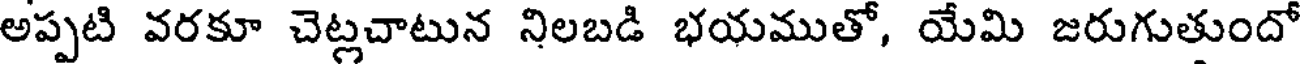
అప్పటి వరకూ చెట్లచాటున నిలబడి భయముతో, యేమి జరుగుతుందో